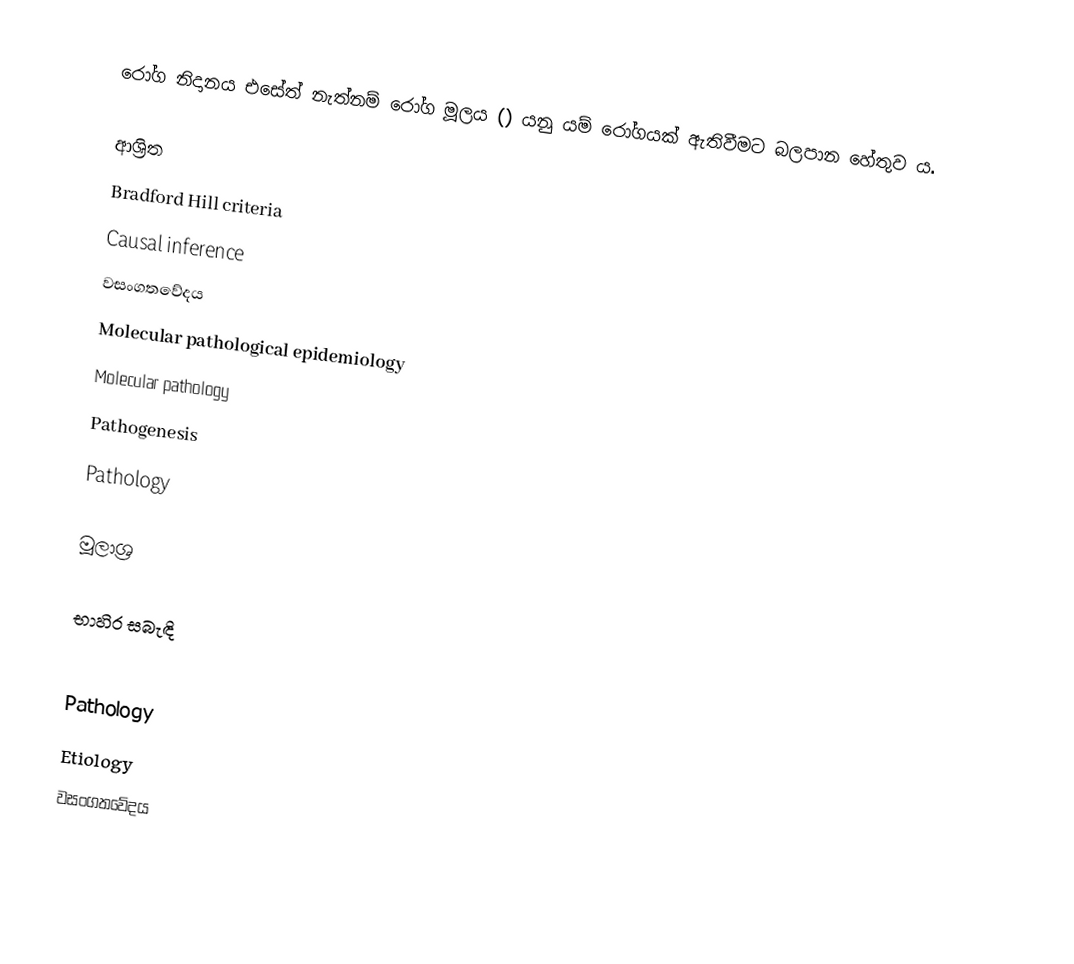
රෝග නිදානය එසේත් නැත්නම් රෝග මූලය () යනු යම් රෝගයක් ඇතිවීමට බලපාන හේතුව ය.

ආශ්‍රිත
Bradford Hill criteria
Causal inference
වසංගතවේදය
Molecular pathological epidemiology
Molecular pathology
Pathogenesis
Pathology

මූලාශ්‍ර

භාහිර සබැඳි

Pathology
Etiology
වසංගතවේදය